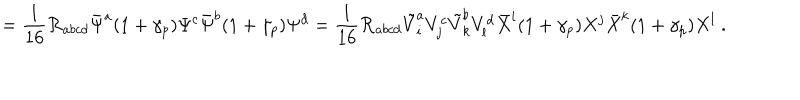
= \frac 1 { 1 6 } { \cal R } _ { a b c d } \bar { \Psi } ^ { a } ( 1 + \gamma _ { p } ) \Psi ^ { c } \bar { \Psi } ^ { b } ( 1 + \gamma _ { p } ) \Psi ^ { d } = \frac 1 { 1 6 } { \cal R } _ { a b c d } \tilde { V } _ { i } ^ { a } V _ { j } ^ { c } \tilde { V } _ { k } ^ { b } V _ { l } ^ { d } \bar { X } ^ { i } ( 1 + \gamma _ { p } ) X ^ { j } \bar { X } ^ { k } ( 1 + \gamma _ { p } ) X ^ { l } ~ .